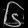
Digit: ၆